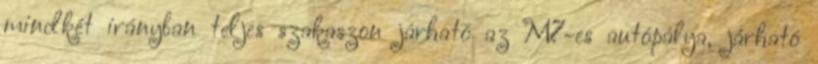
mindkét irányban teljes szakaszon járható az M7-es autópálya, járható